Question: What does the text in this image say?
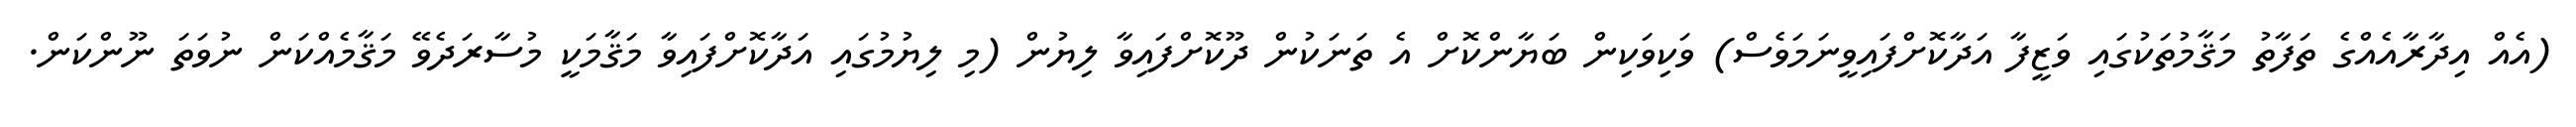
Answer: (އެއް އިދާރާއެއްގެ ތަފާތު މަޤާމުތަކުގައި ވަޒީފާ އަދާކޮށްފައިވީނަމަވެސް) ވަކިވަކިން ބަޔާންކޮށް އެ ތަނަކުން ދޫކޮށްފައިވާ ލިޔުން (މި ލިޔުމުގައި އަދާކޮށްފައިވާ މަޤާމަކީ މުސާރަދެވޭ މަޤާމެއްކަން ނުވަތަ ނޫންކަން.